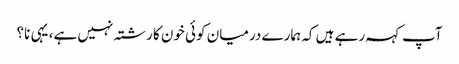
آپ کہہ رہے ہیں کہ ہمارے درمیان کوئی خون کا رشتہ نہیں ہے، یہی نا؟